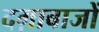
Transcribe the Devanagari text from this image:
दग़ाबाजों